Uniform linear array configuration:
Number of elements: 4
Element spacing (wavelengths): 0.5
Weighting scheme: uniform
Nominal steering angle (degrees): -60
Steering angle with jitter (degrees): -60.941
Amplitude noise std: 0.05
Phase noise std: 0.05

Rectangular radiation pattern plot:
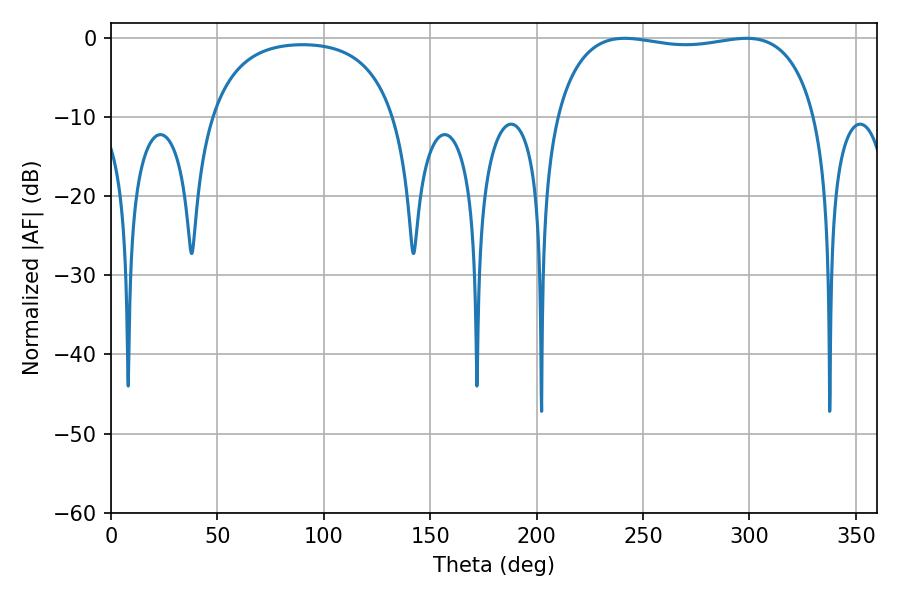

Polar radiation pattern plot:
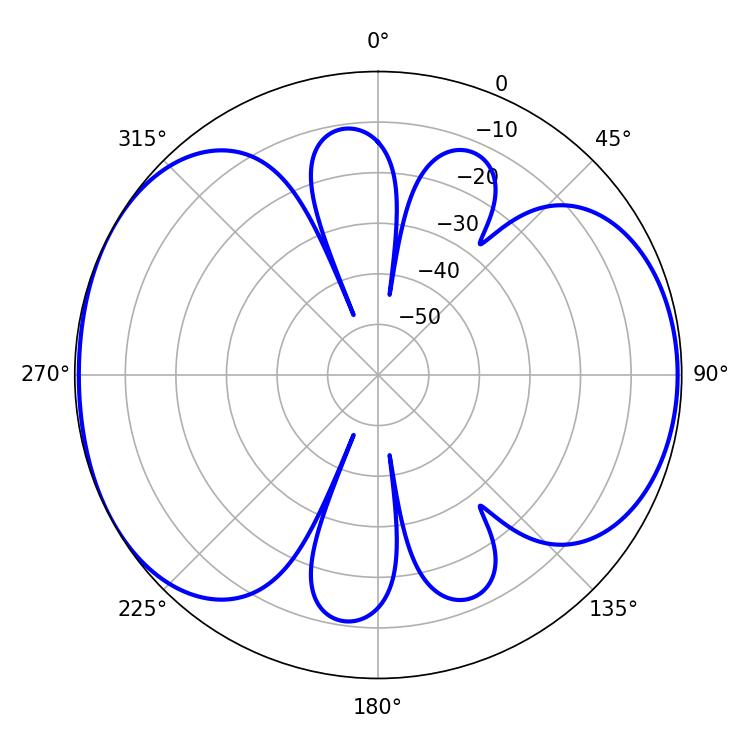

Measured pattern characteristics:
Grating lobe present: FALSE
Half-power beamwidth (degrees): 98.64
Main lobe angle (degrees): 241.38